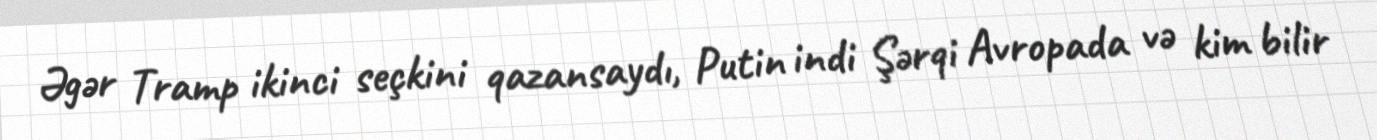
Əgər Tramp ikinci seçkini qazansaydı, Putin indi Şərqi Avropada və kim bilir